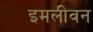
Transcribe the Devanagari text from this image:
इमलीवन